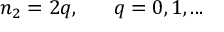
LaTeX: n _ { 2 } = 2 q , \ \ \ \ \ q = 0 , 1 , . . .